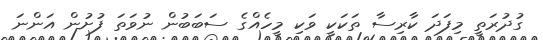
ގުދުރަތީ މިފަދަ ކާރިސާ ތަކަކީ ވަކި މީހެއްގެ ސަބަބުން ނުވަތަ ފުށުން އަންނަ